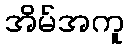
အိမ်အကူ